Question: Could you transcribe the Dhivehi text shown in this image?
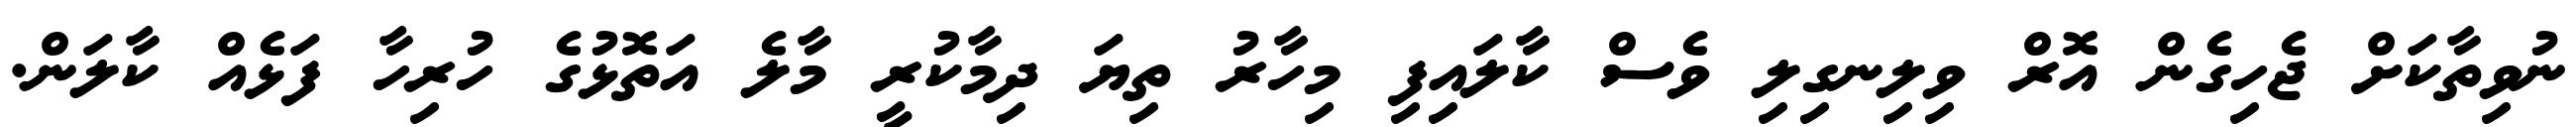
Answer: ނުވިތާކަށް ޖެހިގެން އޮރް ވިލިނގިލި ވެސް ކާލައިފި މިހާރު ތިޔަ ދިމާކުރީ މާލެ އަތޮޅުގެ ހުރިހާ ފަޅެއް ކާލަން.